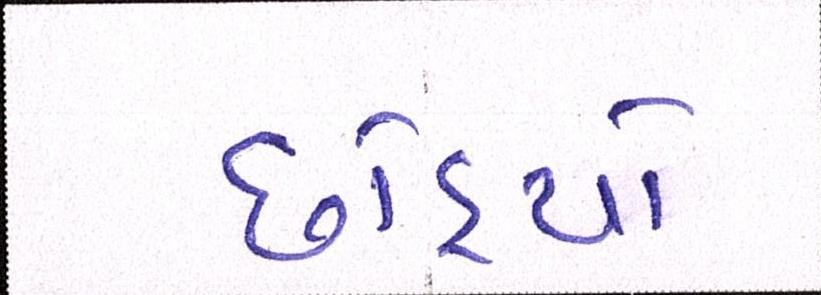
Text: છોડ્યો